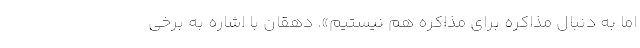
اما به دنبال مذاکره برای مذاکره هم نیستیم». دهقان با اشاره به برخی